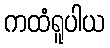
ကထံရူပါယ